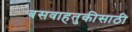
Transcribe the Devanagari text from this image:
बसवाहतुकीसाठी